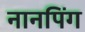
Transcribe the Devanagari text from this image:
नानपिंग